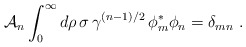
\begin{align*}{\cal A}_n \int_0^\infty d\rho \, \sigma \,\gamma^{(n-1)/2}\, \phi_m^\ast \phi_n = \delta_{mn}~.\end{align*}